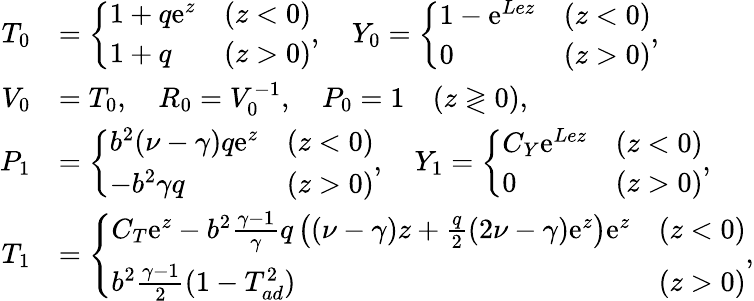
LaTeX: \begin{array}{rl}{{T}_{0}}&{=\left\{ \begin{array}{lll}{1+q\mathrm{e}^{z}}&{(z<0)}\\ {1+q}&{(z>0)}\end{array}\right.,\quad{Y}_{0}=\left\{ \begin{array}{lll}{1-\mathrm{e}^{Lez}}&{(z<0)}\\ {0}&{(z>0)}\end{array}\right.,}\\ {{V}_{0}}&{={T}_{0},\quad{R}_{0}={V}_{0}^{-1},\quad{P}_{0}=1\quad(z\gtrless 0),}\\ {{P}_{1}}&{=\left\{ \begin{array}{lll}{b^{2}(\nu-\gamma)q\mathrm{e}^{z}}&{(z<0)}\\ {-b^{2}\gamma q}&{(z>0)}\end{array}\right.,\quad{Y}_{1}=\left\{ \begin{array}{lll}{C_{Y}\mathrm{e}^{Lez}}&{(z<0)}\\ {0}&{(z>0)}\end{array}\right.,}\\ {{T}_{1}}&{=\left\{ \begin{array}{lll}{C_{T}\mathrm{e}^{z}-b^{2}\frac{\gamma-1}{\gamma}q\left((\nu-\gamma)z+\frac{q}{2}(2\nu-\gamma)\mathrm{e}^{z}\right)\mathrm{e}^{z}}&{(z<0)}\\ {b^{2}\frac{\gamma-1}{2}(1-T_{ad}^{2})}&{(z>0)}\end{array}\right.,}\end{array}